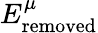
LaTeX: E_{\mathrm{removed}}^{\mu}